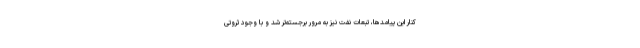
کنارِ این پیامدها، تبعاتِ نفت نیز به مرور برجسته‌تر شد و با وجود ثروتی